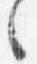
々